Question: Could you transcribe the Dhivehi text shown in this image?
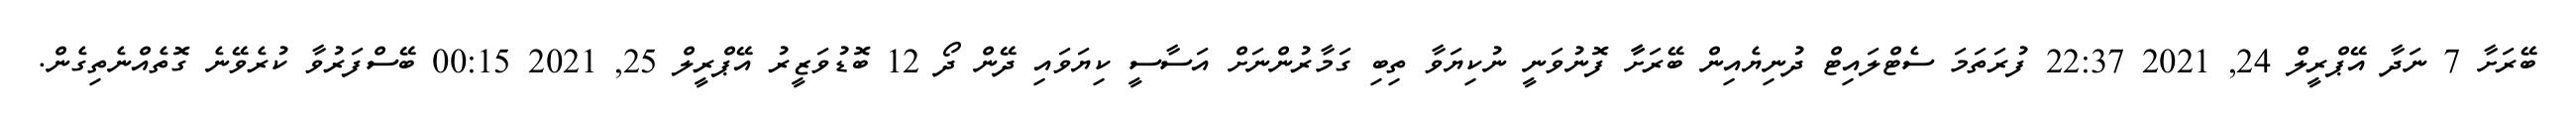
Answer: ބޭރަށާ 7 ނަދާ އޭޕްރީލް 24, 2021 22:37 ފުރަތަމަ ސެޓްލައިޓް ދުނިޔެއިން ބޭރަށާާ ފޮނުވަނީ ނުކިޔަވާ ތިބި ގަމާރުންނަށް އަސާސީ ކިޔަވައި ދޭން ދޯ 12 ބޮޑުވަޒީރު އޭޕްރީލް 25, 2021 00:15 ބޭސްފަރުވާ ކުރެވޭނެ ގޮތެއްނެތިގެން.